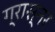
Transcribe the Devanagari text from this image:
ग्रास्नर